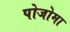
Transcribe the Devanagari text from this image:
पोजोमा